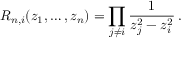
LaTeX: R _ { n , i } ( z _ { 1 } , \dots , z _ { n } ) = \prod _ { j \not = i } \frac { 1 } { z _ { j } ^ { 2 } - z _ { i } ^ { 2 } } \, .